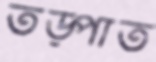
তড়্‌পাত